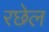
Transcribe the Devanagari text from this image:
रछेल